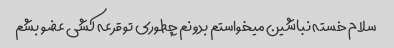
سلام خسته نباشین میخواستم بدونم چطوری تو قرعه کشی عضو بشم